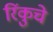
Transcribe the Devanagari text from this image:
रिंकुचे